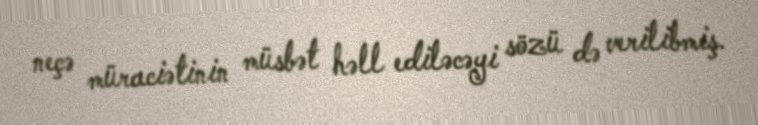
neçə müraciətinin müsbət həll ediləcəyi sözü də verilibmiş.